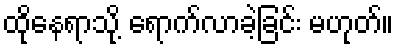
ထိုနေရာသို့ ရောက်လာခဲ့ခြင်း မဟုတ်။